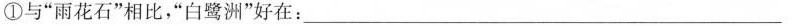
①与”雨花石”相比，”白鹭洲”好在：________